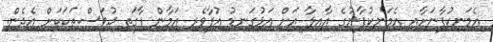
އެމަނިކުފާނަށާއި އެމަނިކުފާނުގެ އާއިލާ އަށް އަޅުގަނޑު އުފާވެރި އަމާން ފާގަތި ދުވަސްތަކަކަށް އެދެން.